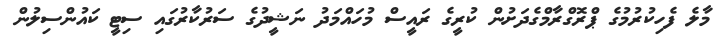
މާލެ ފެހިކުރުމުގެ ޕްރޮގްރާމްގެދަށުން ކުރީގެ ރައީސް މުހައްމަދު ނަޝީދުގެ ސަރުކާރުގައި ސިޓީ ކައުންސިލުން